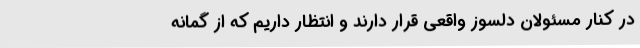
در کنار مسئولان دلسوز واقعی قرار دارند و انتظار داریم که از گمانه